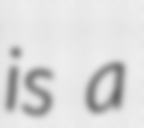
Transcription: is a